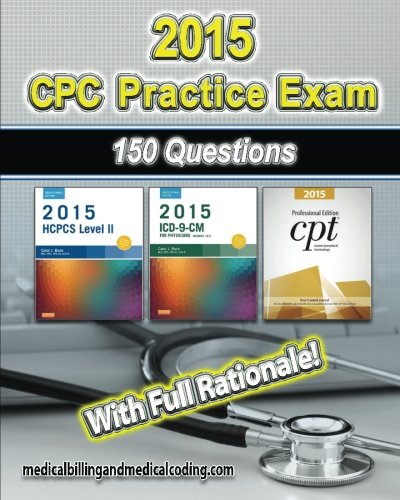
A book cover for CPC Practice Exam 2015: Includes 150 practice questions, answers with full rationale, exam study guide and the official proctor-to-examinee instructions; Gunnar Bengtsson; Medical Books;